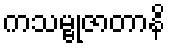
ကသမ္ဗုဇာတာနိ